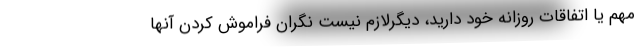
مهم یا اتفاقات روزانه خود دارید، دیگرلازم نیست نگران فراموش کردن آنها